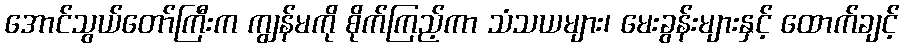
အောင်သွယ်တော်ကြီးက ကျွန်မကို စိုက်ကြည့်ကာ သံသယများ၊ မေးခွန်းများနှင့် ထောက်ချင့်